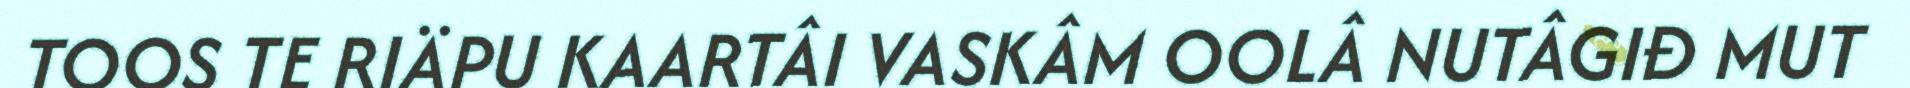
TOOS TE RIÄPU KAARTÂI VASKÂM OOLÂ NUTÂGIĐ MUT